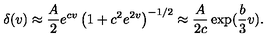
\delta ( v ) \approx \frac { A } { 2 } e ^ { c v } \left( 1 + c ^ { 2 } e ^ { 2 v } \right) ^ { - 1 / 2 } \approx \frac { A } { 2 c } \exp ( \frac { b } { 3 } v ) .